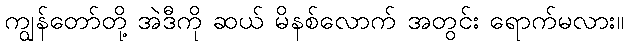
ကျွန်တော်တို့ အဲဒီကို ဆယ် မိနစ်လောက် အတွင်း ရောက်မလား။